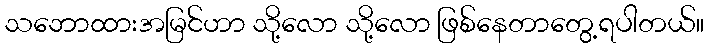
သဘောထားအမြင်ဟာ သို့လော သို့လော ဖြစ်နေတာတွေ့ရပါတယ်။